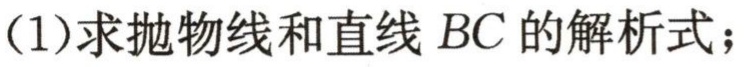
(1)求抛物线和直线 \(BC\) 的解析式；